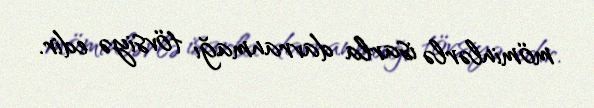
möminlərlə isarla davranmağı tövsiyə edir.